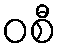
ဝစီ